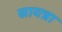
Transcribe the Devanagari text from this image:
सायन्ना